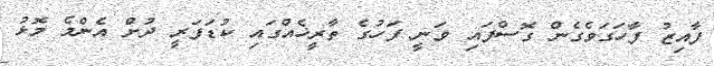
ފާއިޒު ފާހަގަވެގެން ގޮސްފައި ވަނީ ފަހުގެ ތާރީޚެއްގައި ކުޑަފަރީ ދުށް އެންމެ މޮޅު